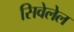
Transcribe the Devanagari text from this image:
सिवेलेल